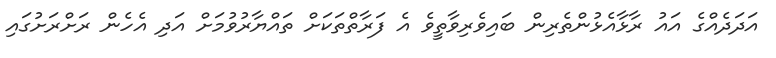
އަދަދެއްގެ އައު ރާޅާއެޅުންތެރިން ބައިވެރިވާތީވެ އެ ފަރާތްތަކަށް ތައްޔާރުވުމަށް އަދި އެހެން ރަށްރަށުގައި